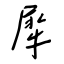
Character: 犀